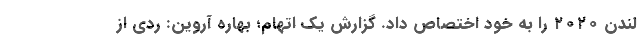
لندن ۲۰۲۰ را به خود اختصاص داد. گزارش یک اتهام؛ بهاره آروین: ردی از